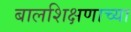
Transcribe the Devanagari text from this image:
बालशिक्षणाच्या